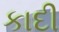
કાદી